Senior Leaving Certificate, 1942, 1942
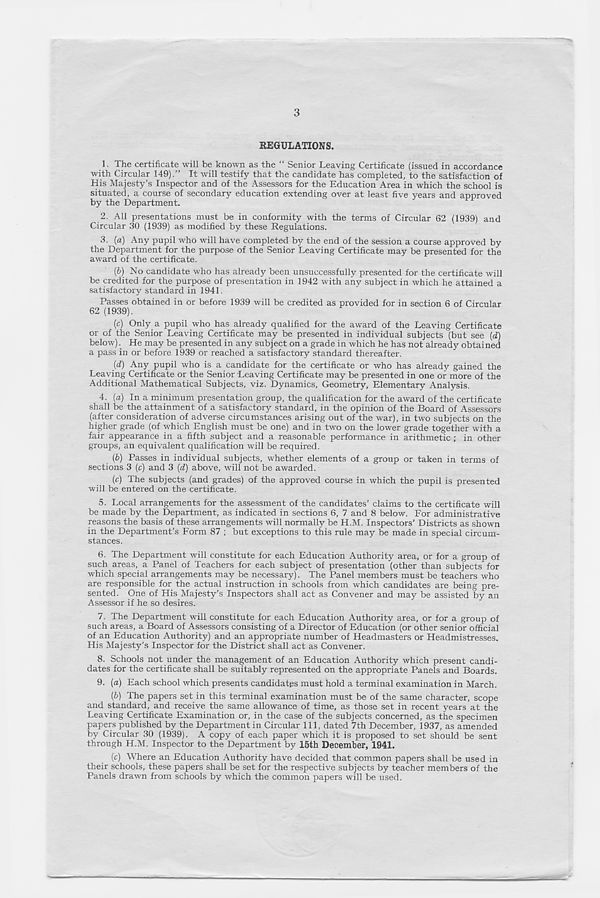
3
REGULATIONS.
1. The certificate will be known as the “ Senior Leaving Certificate (issued in accordance
with Circular 149).” It will testify that the candidate has completed, to the satisfaction of
His Majesty’s Inspector and of the Assessors for the Education Area in which the school is
situated, a course of secondary education extending over at least five years and approved
by the Department.
2. All presentations must be in conformity with the terms of Circular 62 (1939) and
Circular 30 (1939) as modified by these Regulations.
3. (a) Any pupil who will have completed by the end of the session a course approved by
the Department for the purpose of the Senior Leaving Certificate may be presented for the
award of the certificate.
{b) No candidate who has already been unsuccessfully presented for the certificate will
be credited for the purpose of presentation in 1942 with any subject in which he attained a
satisfactoiy standard in 1941.
Passes obtained in or before 1939 will be credited as provided for in section 6 of Circular
62 (1939).
(c) Only a pupil who has already qualified for the award of the Leaving Certificate
or of the Senior Leaving Certificate may be presented in individual subjects (but see (d)
below). He may be presented in any subject on a grade in which he has not already obtained
a pass in or before 1939 or reached a satisfactory standard thereafter.
(d) Any pupil who is a candidate for the certificate or who has already gained the
Leaving Certificate or the Senior Leaving Certificate may be presented in one or more of the
Additional Mathematical Subjects, viz. Dynamics, Geometry, Elementary Analysis.
4. (a) In a minimum presentation group, the qualification for the award of the certificate
shall be the attainment of a satisfactory standard, in the opinion of the Board of Assessors
(after consideration of adverse circumstances arising out of the war), in two subjects on the
higher grade (of which English must be one) and in two on the lower grade together with a
fair appearance in a fifth subject and a reasonable performance in arithmetic ; in other
groups, an equivalent qualification will be required.
(b) Passes in individual subjects, whether elements of a group or taken in terms of
sections 3 (c) and 3 (d) above, will not be awarded.
(c) The subjects (and grades) of the approved course in which the pupil is presented
will be entered on the certificate.
5. Local arrangements for the assessment of the candidates’ claims to the certificate will
be made by the Department, as indicated in sections 6, 7 and 8 below. For administrative
reasons the basis of these arrangements will normally be H.M. Inspectors’ Districts as shown
in the Department’s Form 87 ; but exceptions to this rule may be made in special circum-
stances.
6. The Department will constitute for each Education Authority area, or for a group of
such areas, a Panel of Teachers for each subject of presentation (other than subjects for
which special arrangements may be necessary). The Panel members must be teachers who
are responsible for the actual instruction in schools from which candidates are being pre-
sented. One of His Majesty’s Inspectors shall act as Convener and may be assisted by an
Assessor if he so desires.
7. The Department will constitute for each Education Authority area, or for a group of
such areas, a Board of Assessors consisting of a Director of Education (or other senior official
of an Education Authority) and an appropriate number of Headmasters or Headmistresses.
His Majesty’s Inspector for the District shall act as Convener.
8. Schools not under the management of an Education Authority which present candi-
dates for the certificate shall be suitably represented on the appropriate Panels and Boards.
9. (a) Each school which presents candidates must hold a terminal examination in March.
(b) The papers set in this terminal examination must be of the same character, scope
and standard, and receive the same allowance of time, as those set in recent years at the
Leaving Certificate Examination or, in the case of the subjects concerned, as the specimen
papers published by the Department in Circular 111, dated 7th December, 1937, as amended
by Circular 30 (1939). A copy of each paper which it is proposed to set should be sent
through H.M. Inspector to the Department by 15th December, 1941.
(c) Where an Education Authority have decided that common papers shall be used in
their schools, these papers shall be set for the respective subjects by teacher members of the
Panels drawn from schools by which the common papers will be used.